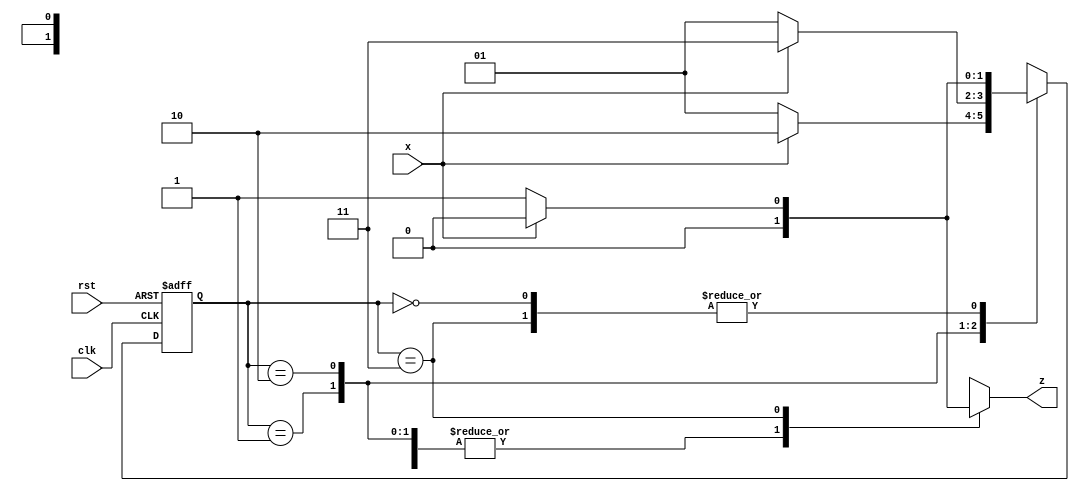
`timescale 1ns / 1ps

module seq_detector(
    input clk,x,rst,
    output reg z
    );
    
    parameter S0 = 0,
              S1 = 1,
              S2 = 2,
              S3 = 3;
    
    reg [1:0] ps , ns;
    
    always @(posedge clk, posedge rst)
        if(rst) 
            ps <= S0;
        else 
            ps <= ns;
    
    always @(ps,x)
        case(ps)
            S0 : begin
                    z  = 0;
                    ns = x ? S0 : S1;
                 end
            
            S1 : begin
                    z  = 0;
                    ns = x ? S2 : S1;
                 end
                 
            S2 : begin
                    z  = 0;
                    ns = x ? S3 : S1;
                 end
                             
            S3 : begin
                    z  = x ? 0 : 1;
                    ns = x ? S0 : S1;
                 end
         endcase             
endmodule